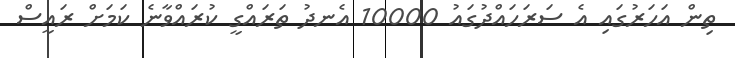
ތިން އަހަރުގައި އެ ސަރަހައްދުގައު 10000 އެނދު ތަރައްގީ ކުރައްވާނެ ކަމަށް ރައީސް